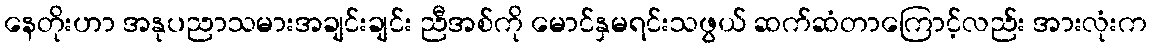
နေတိုးဟာ အနုပညာသမားအချင်းချင်း ညီအစ်ကို မောင်နှမရင်းသဖွယ် ဆက်ဆံတာကြောင့်လည်း အားလုံးက